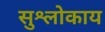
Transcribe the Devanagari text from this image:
सुश्लोकाय